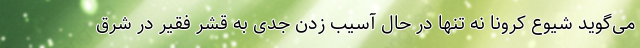
می‌گوید شیوع کرونا نه تنها در حال آسیب زدن جدی به قشر فقیر در شرق